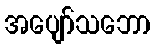
အပျော်သဘော